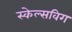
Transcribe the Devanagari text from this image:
स्केल्सविग